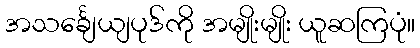
အသင်္ချေယျပုဒ်ကို အမျိုးမျိုး ယူဆကြပုံ။